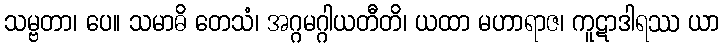
သမ္ဗတာ၊ ပေ။ သမာဓိ တေသံ၊ အဂ္ဂမဂ္ဂါယတီတိ၊ ယထာ မဟာရာဇ၊ ကူဋာဒါရဿ ယာ